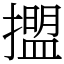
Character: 擝